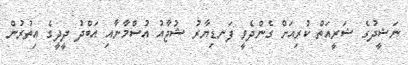
ނަޝީދުގެ ޝަރީއަތް ކުރިއަށް ގެންދެވީ ފަނޑިޔާރު ޝުޖާއު އުސްމާނާއި އަބްދު ދީދީގެ އިތުރުން